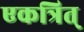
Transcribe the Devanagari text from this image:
एकत्रित्